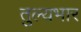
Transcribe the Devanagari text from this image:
तुल्‍यभार